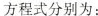
方程式分别为：